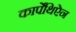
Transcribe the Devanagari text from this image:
कार्पेथिऐन